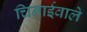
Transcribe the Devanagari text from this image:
चिनाईवाले